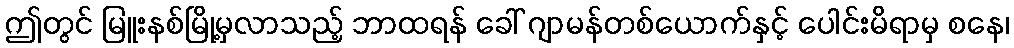
ဤတွင် မြူးနစ်မြို့မှလာသည့် ဘာထရန် ခေါ် ဂျာမန်တစ်ယောက်နှင့် ပေါင်းမိရာမှ စနေ၊